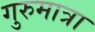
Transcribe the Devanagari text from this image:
गुरुमात्रा